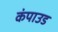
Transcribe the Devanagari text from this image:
कंपाउड